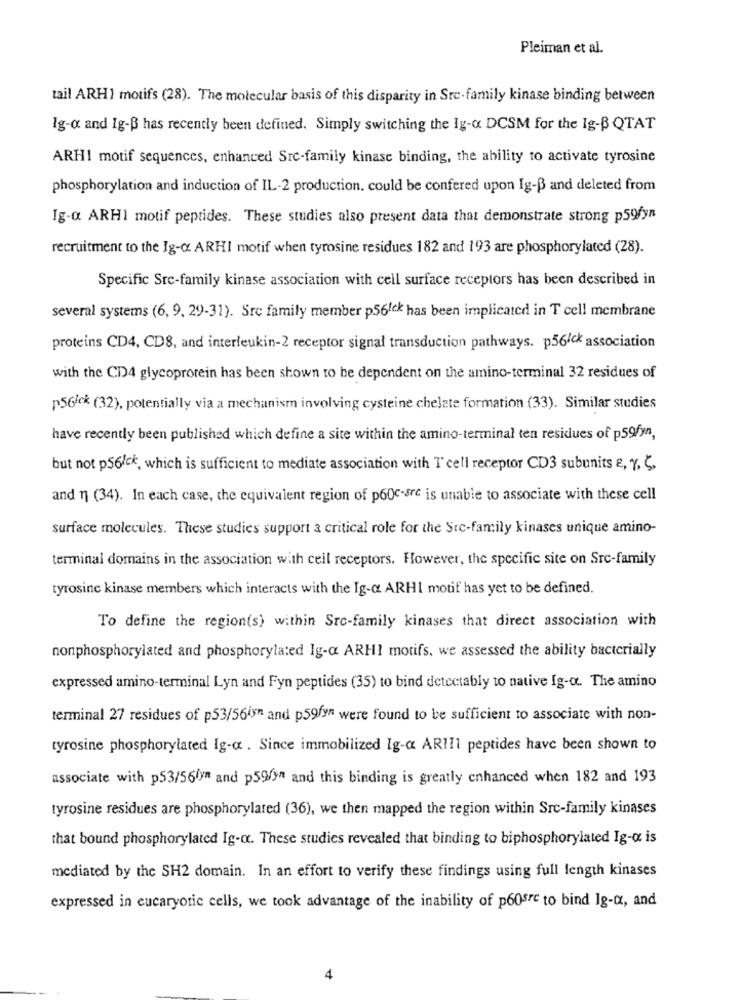
Pleiman et al.
tail ARHI motifs (28). The molecular basis of this disparity in Sre-family kinase binding between
Ig-o and Ig-B has recently been defined. Simply switching the Ig-& DCSM for the Ig-B QTAT
ARHI motif sequences, enhanced Src-family kinase binding, the ability to activate tyrosine
phosphorylation and induction of IL-2 production, could be confered upon Ig-B and deleted from
Ig-a ARHI motif peptides. These studies also present data that demonstrate strong p59fyn
recruitment to the Ig-o ARHI motif when tyrosine residues 182 and 193 are phosphorylated (28).
Specific Src-family kinase association with cell surface receptors has been described in
several systems (6, 9, 29-31). Sre family member p561ck has been implicated in T cell membrane
proteins CD4, CD8, and interleukin-2 receptor signal transduction pathways. p56/ck association
with the CD4 glycoprotein has been shown to be dependent on the amino-terminal 32 residues of
P56lek (32), potentially via a mechanism involving cysteine chelate formation (33). Similar studies
have recently been published which define a site within the amino-terminal ten residues of p59fyn,
but not p56Ick, which is sufficient to mediate association with T'cell receptor CD3 subunits e, y. .
and 1] (34). In each case, the equivalent region of p60c-src is unable to associate with these cell
surface molecules. These studies support a critical role for the Ste-family kinases unique amino-
terminal domains in the association with cell receptors. However, the specific site on Src-family
tyrosine kinase members which interacts with the Ig-o ARHI motif has yet to be defined.
To define the region(s) within Src-family kinases that direct association with
nonphosphorylated and phosphorylated Ig-a ARHI motifs, we assessed the ability bacterially
expressed amino-terminal Lyn and Fyn peptides (35) to bind detectably to native Ig-o. The amino
terminal 27 residues of p53/56in and p59fyn were found to be sufficient to associate with non-
tyrosine phosphorylated Ig-a . Since immobilized Ig-a ARII1 peptides have been shown to
associate with p53/56lyn and p59/>" and this binding is greatly enhanced when 182 and 193
tyrosine residues are phosphorylared (36), we then mapped the region within Src-family kinases
that bound phosphorylated Ig-c. These studies revealed that binding to biphosphorylated Ig-a is
mediated by the SH2 domain. In an effort to verify these findings using full length kinases
expressed in eucaryotic cells, we took advantage of the inability of p60src to bind Ig-cx, and
4